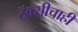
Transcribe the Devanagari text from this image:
टॅक्सीचाही